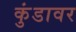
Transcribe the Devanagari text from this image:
कुंडावर